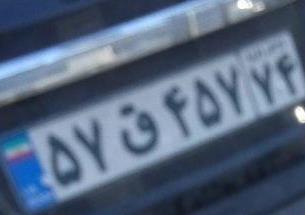
۵۷ق۴۵۷۷۴